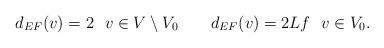
LaTeX: \begin{align*}d_{EF}(v) = 2 \ \ v \in V \setminus V_0 \ \ \ \ \ \ d_{EF}(v) = 2Lf \ \ v \in V_0.\end{align*}